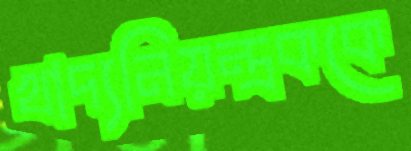
খাদ্যনিয়ন্ত্রককে